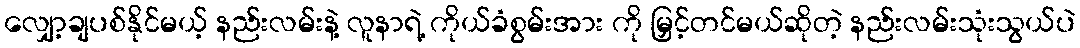
လျှော့ချပစ်နိုင်မယ့် နည်းလမ်းနဲ့ လူနာရဲ့ ကိုယ်ခံစွမ်းအား ကို မြှင့်တင်မယ်ဆိုတဲ့ နည်းလမ်းသုံးသွယ်ပဲ